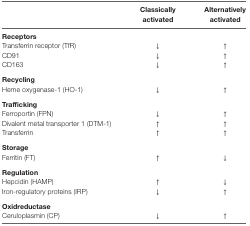
<table><thead><tr><td></td><td><b>Classically activated</b></td><td><b>Alternatively activated</b></td></tr></thead><tbody><tr><td colspan="3"><b>Receptors</b></td></tr><tr><td>Transferrin receptor (TfR)</td><td>↓</td><td>↑</td></tr><tr><td>CD91</td><td>↓</td><td>↑</td></tr><tr><td>CD163</td><td>↓</td><td>↑</td></tr><tr><td colspan="3"><b>Recycling</b></td></tr><tr><td>Heme oxygenase-1 (HO-1)</td><td>↓</td><td>↑</td></tr><tr><td colspan="3"><b>Trafficking</b></td></tr><tr><td>Ferroportin (FPN)</td><td>↓</td><td>↑</td></tr><tr><td>Divalent metal transporter 1 (DTM-1)</td><td>↑</td><td>↑</td></tr><tr><td>Transferrin</td><td>↑</td><td>↑</td></tr><tr><td colspan="3"><b>Storage</b></td></tr><tr><td>Ferritin (FT)</td><td>↑</td><td>↓</td></tr><tr><td colspan="3"><b>Regulation</b></td></tr><tr><td>Hepcidin (HAMP)</td><td>↑</td><td>↓</td></tr><tr><td>Iron-regulatory proteins (IRP)</td><td>↓</td><td>↑</td></tr><tr><td colspan="3"><b>Oxidreductase</b></td></tr><tr><td>Ceruloplasmin (CP)</td><td>↓</td><td>↑</td></tr></tbody></table>